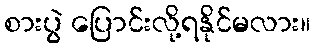
စားပွဲ ပြောင်းလို့ရနိုင်မလား။